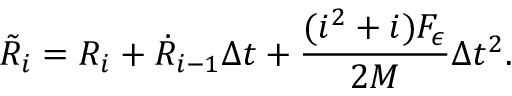
\tilde { R } _ { i } = R _ { i } + \dot { R } _ { i - 1 } \Delta t + \frac { ( i ^ { 2 } + i ) { F _ { \epsilon } } } { 2 M } \Delta t ^ { 2 } .